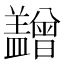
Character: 𥃙